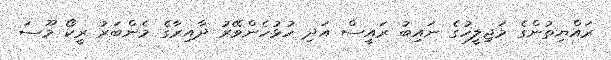
ރައްޔިތުންގެ މަޖިލީހުގެ ނައިބު ރައީސް އަދި ހުޅުހެންވޭރު ދާއިރާގެ މެންބަރު ރީކޯ މޫސަ